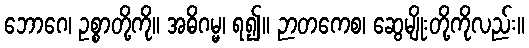
ဘောဂေ၊ ဥစ္စာတို့ကို။ အဓိဂမ္မ၊ ရ၍။ ဉာတကေစ၊ ဆွေမျိုးတို့ကိုလည်း။